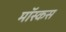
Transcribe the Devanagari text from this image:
मॉस्कस